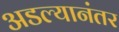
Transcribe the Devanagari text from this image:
अडल्यानंतर